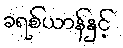
ခရစ်ယာန်နှင့်